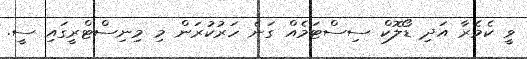
ވީ ކެމެރާ އަދި ޑޯލޮކް ސިސްޓަމެއް ގަނެ ހަރުކުރަން މި މިނިސްޓްރީގައި ސީ.